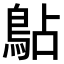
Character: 𫚳